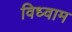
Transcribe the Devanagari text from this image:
विध्वाम